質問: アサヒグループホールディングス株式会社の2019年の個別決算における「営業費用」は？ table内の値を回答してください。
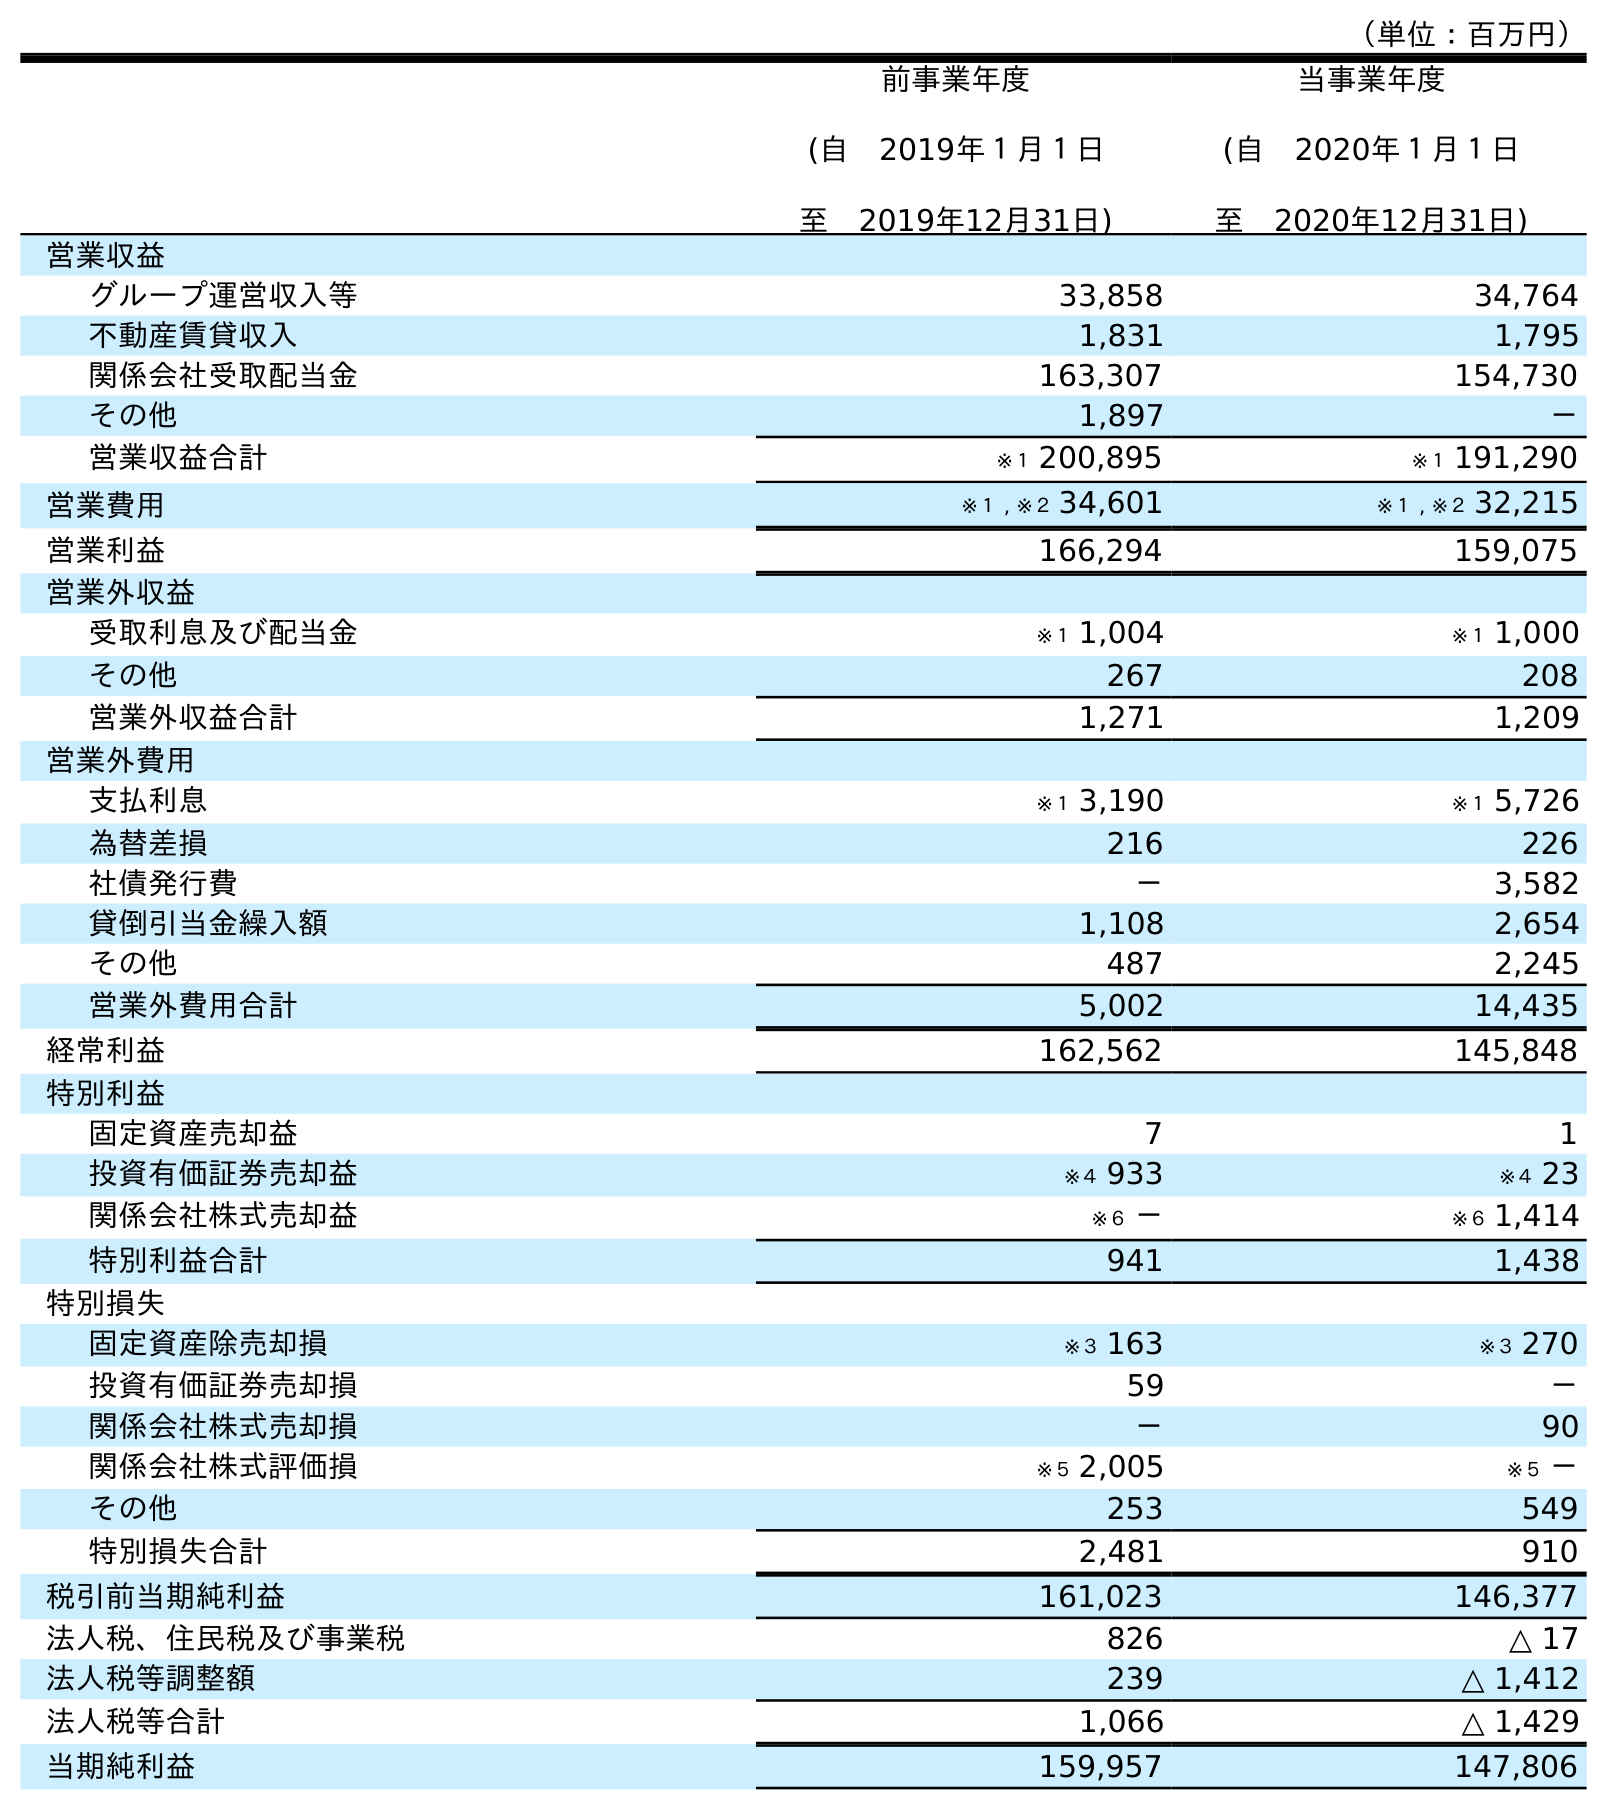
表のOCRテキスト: （単位：百万円） 前事業年度 (自 2019年１月１日 至 2019年12月31日) 当事業年度 (自 2020年１月１日 至 2020年12月31日) 営業収益 グループ運営収入等 33,858 34,764 不動産賃貸収入 1,831 1,795 関係会社受取配当金 163,307 154,730 その他 1,897 － 営業収益合計 ※１ 200,895 ※１ 191,290 営業費用 ※１ , ※２ 34,601 ※１ , ※２ 32,215 営業利益 166,294 159,075 営業外収益 受取利息及び配当金 ※１ 1,004 ※１ 1,000 その他 267 208 営業外収益合計 1,271 1,209 営業外費用 支払利息 ※１ 3,190 ※１ 5,726 為替差損 216 226 社債発行費 － 3,582 貸倒引当金繰入額 1,108 2,654 その他 487 2,245 営業外費用合計 5,002 14,435 経常利益 162,562 145,848 特別利益 固定資産売却益 7 1 投資有価証券売却益 ※４ 933 ※４ 23 関係会社株式売却益 ※６ － ※６ 1,414 特別利益合計 941 1,438 特別損失 固定資産除売却損 ※３ 163 ※３ 270 投資有価証券売却損 59 － 関係会社株式売却損 － 90 関係会社株式評価損 ※５ 2,005 ※５ － その他 253 549 特別損失合計 2,481 910 税引前当期純利益 161,023 146,377 法人税、住民税及び事業税 826 △ 17 法人税等調整額 239 △ 1,412 法人税等合計 1,066 △ 1,429 当期純利益 159,957 147,806
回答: ※１,※２34,601